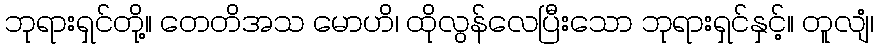
ဘုရားရှင်တို့။ တေတိအသ မောဟိ၊ ထိုလွန်လေပြီးသော ဘုရားရှင်နှင့်။ တူလျံ၊